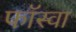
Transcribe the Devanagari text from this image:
फॉस्वा